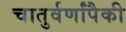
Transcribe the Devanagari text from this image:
चातुर्वर्णांपैकी